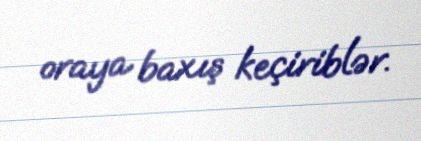
oraya baxış keçiriblər.